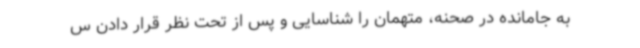
به جامانده در صحنه، متهمان را شناسایی و پس از تحت نظر قرار دادن س